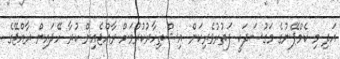
އަދި މި ކެމްޕޭނުގެ މަގުސަދަކީ ފަތުރުވެރިކަން އިޝްތިހާރުކުރުމަށް ރާއްޖެއިން ކުރާ ހޭދައިން ރާއްޖޭގެ